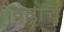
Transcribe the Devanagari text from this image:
वढ्राचे